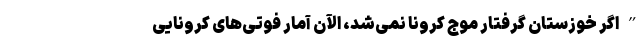
”اگر خوزستان گرفتار موج کرونا نمی‌شد، الآن آمار فوتی‌های کرونایی